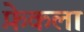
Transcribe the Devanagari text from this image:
फ़ेकला